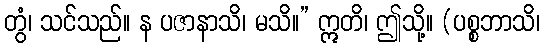
တွံ၊ သင်သည်။ န ပဇာနာသိ၊ မသိ။” ဣတိ၊ ဤသို့။ (ပစ္စဘာသိ၊